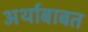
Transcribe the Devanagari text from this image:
अर्थाबाबत